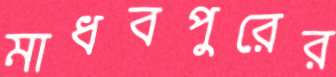
মাধবপুরের